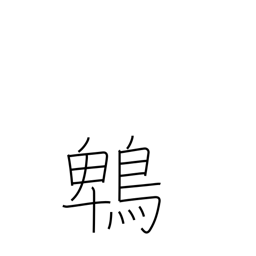
Meaning: brown eared bulbul